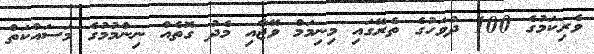
ވެރިކަމުގެ 100 ދުވަހުގެ ތެރޭގައި މިނިމަމް ވޭޖާއި މެދު ގޮތެއް ނިންމުމުގެ މަސައްކަތް